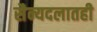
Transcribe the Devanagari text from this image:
सैन्यदलातही